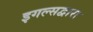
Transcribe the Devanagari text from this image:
इगल्सद्वारा